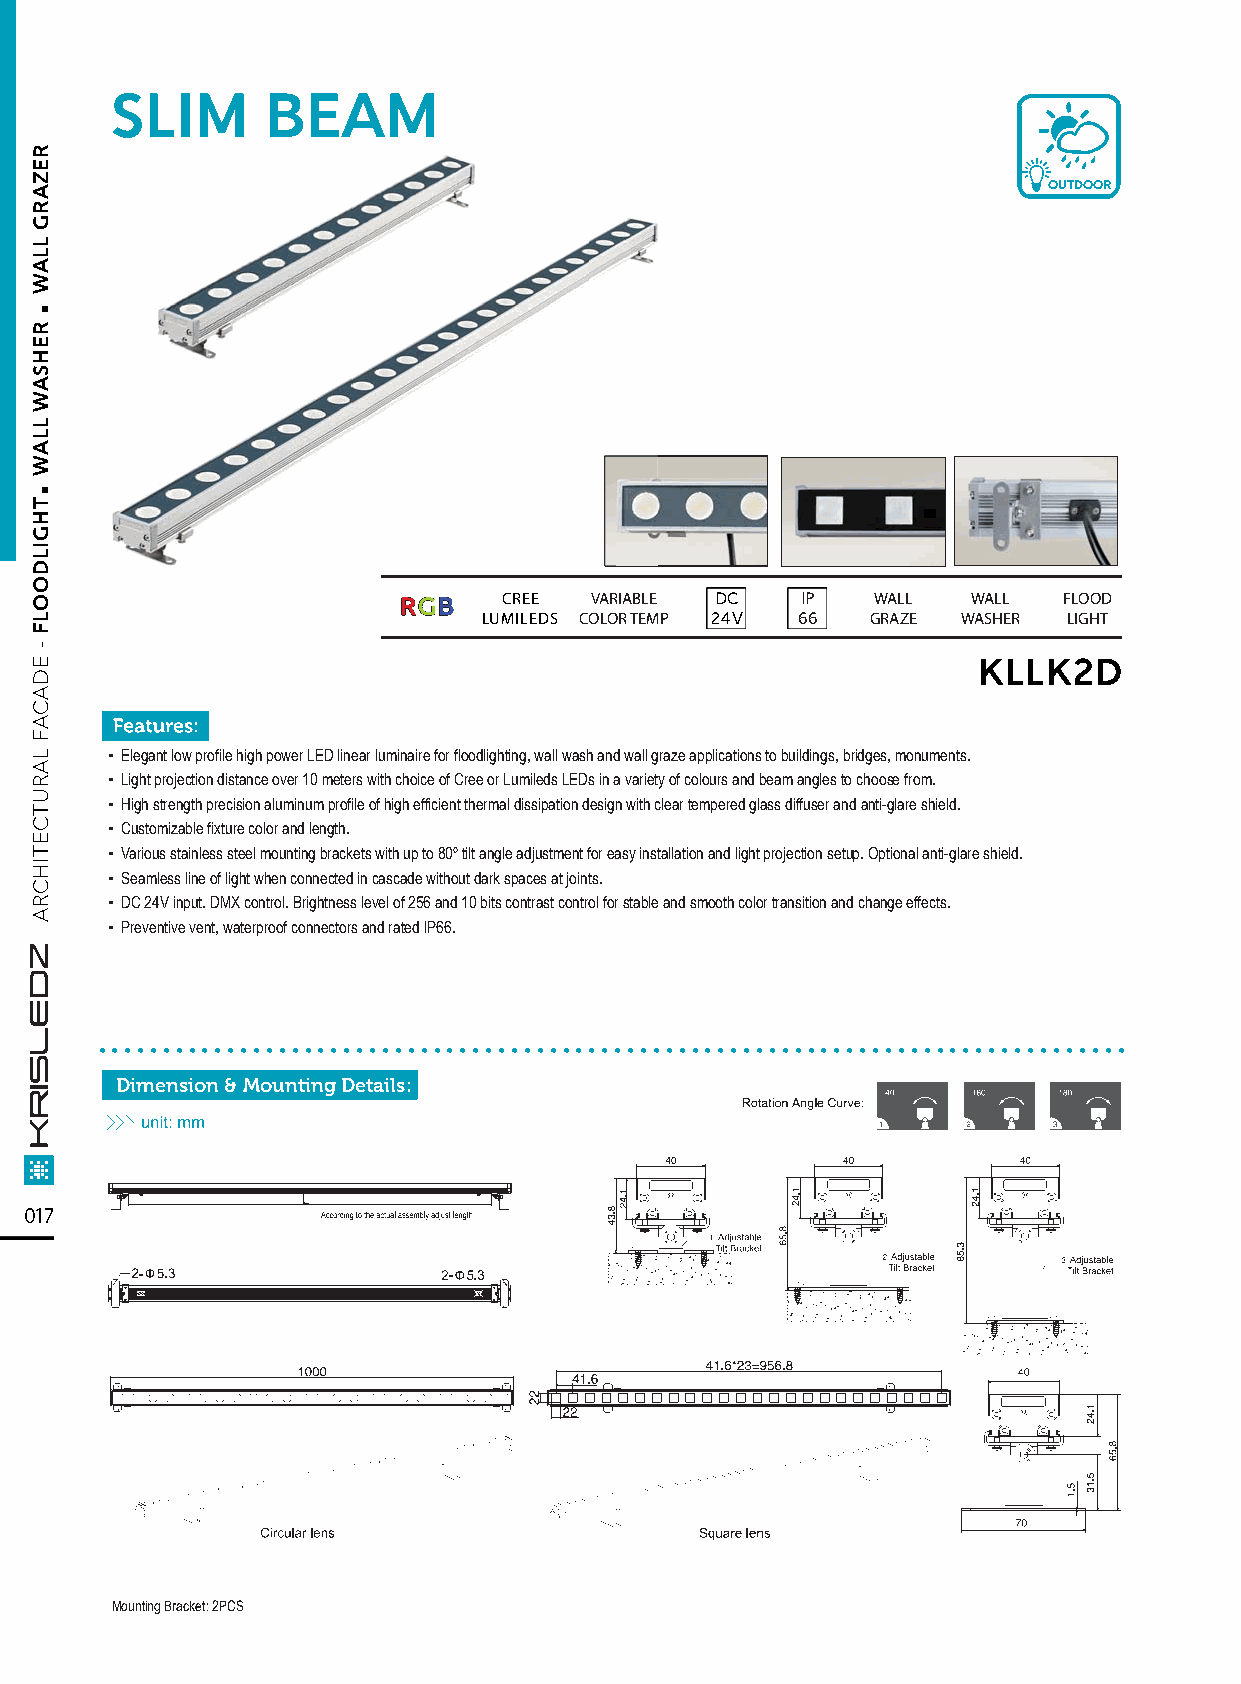
SLIM      BEAM
 OUTDOOR
 RRGGBB CREE  VARIABLE DC   IP   WALL  WALL  FLOOD
 LUMILEDS COLOR TEMP 24V 66 GRAZE WASHER LIGHT
 KLLK2D
 ▪ Elegant low profile high power LED linear luminaire for floodlighting, wall wash and wall graze applications to buildings, bridges, monuments.
 ▪ Light projection distance over 10 meters with choice of Cree or Lumileds LEDs in a variety of colours and beam angles to choose from.
 ▪ High strength precision aluminum profile of high efficient thermal dissipation design with clear tempered glass diffuser and anti-glare shield.
 ▪ Customizable fixture color and length.
 ▪ Various stainless steel mounting brackets with up to 80º tilt angle adjustment for easy installation and light projection setup. Optional anti-glare shield.
 ▪ Seamless line of light when connected in cascade without dark spaces at joints.
 ▪ DC 24V input. DMX control. Brightness level of 256 and 10 bits contrast control for stable and smooth color transition and change effects.
 ▪ Preventive vent, waterproof connectors and rated lP66.
 ................................................................................
 Dimension & Mounting Details:
 017
 Mounting Bracket: 2PCS
 .
 .
 REZARG
 LLAW
 REHSAW
 LLAW
 THGILDOOLF
 -
 EDACAF
 LARUTCETIHCRA